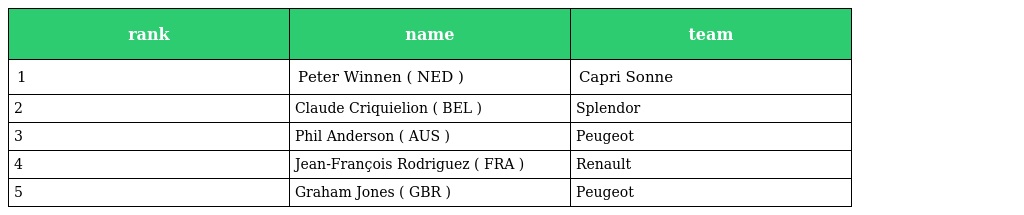
| rank | name | team |
 | --- | --- | --- |
 | 1 | Peter Winnen ( NED ) | Capri Sonne |
 | 2 | Claude Criquielion ( BEL ) | Splendor |
 | 3 | Phil Anderson ( AUS ) | Peugeot |
 | 4 | Jean-François Rodriguez ( FRA ) | Renault |
 | 5 | Graham Jones ( GBR ) | Peugeot |